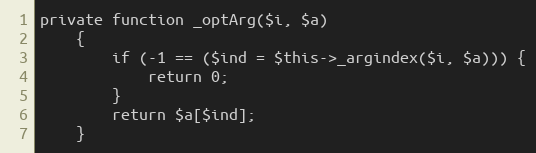
Language: PHP
private function _optArg($i, $a)
    {
        if (-1 == ($ind = $this->_argindex($i, $a))) {
            return 0;
        }
        return $a[$ind];
    }